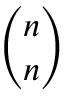
\binom { n } { n }